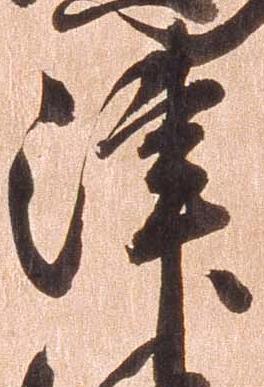
津